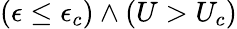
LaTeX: (\epsilon\leq\epsilon_{c})\wedge(U>U_{c})